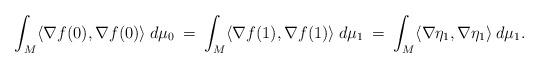
LaTeX: \begin{align*} \int_M \langle \nabla f(0), \nabla f(0) \rangle \: d\mu_0 \: = \:\int_M \langle \nabla f(1), \nabla f(1) \rangle \: d\mu_1 \: = \:\int_M \langle \nabla \eta_1, \nabla \eta_1 \rangle \: d\mu_1.\end{align*}